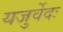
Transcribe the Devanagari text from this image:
यजुर्वेदः